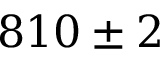
8 1 0 \pm 2